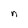
Character: n